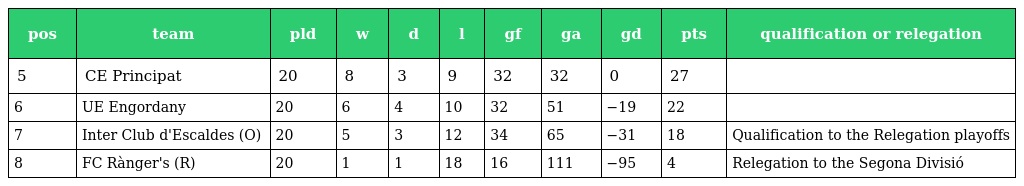
| pos | team | pld | w | d | l | gf | ga | gd | pts | qualification or relegation |
 | --- | --- | --- | --- | --- | --- | --- | --- | --- | --- | --- |
 | 5 | CE Principat | 20 | 8 | 3 | 9 | 32 | 32 | 0 | 27 |  |
 | 6 | UE Engordany | 20 | 6 | 4 | 10 | 32 | 51 | −19 | 22 |  |
 | 7 | Inter Club d'Escaldes (O) | 20 | 5 | 3 | 12 | 34 | 65 | −31 | 18 | Qualification to the Relegation playoffs |
 | 8 | FC Rànger's (R) | 20 | 1 | 1 | 18 | 16 | 111 | −95 | 4 | Relegation to the Segona Divisió |